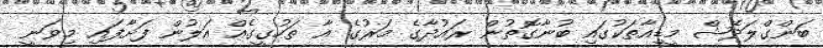
ބަންގްލަދޭޝް މީޑިއާތަކުގައި ބުނާގޮތުން ރައުދާގެ މަރުގެ އާ ތަހުގީގެއް އަލުން ފަށާފައި މިވަނީ